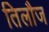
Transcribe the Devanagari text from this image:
तिलौज